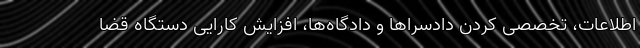
اطلاعات، تخصصی کردن دادسراها و دادگاه‌ها، افزایش کارایی دستگاه قضا